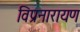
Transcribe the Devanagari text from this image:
विप्रनारायण